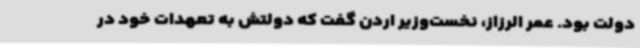
دولت بود. عمر الرزاز، نخست‌وزیر اردن گفت که دولتش به تعهدات خود در